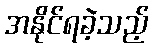
အနိုင်ရခဲ့သည့်